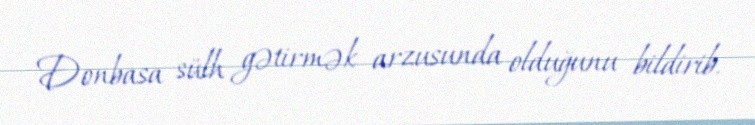
Donbasa sülh gətirmək arzusunda olduğunu bildirib.